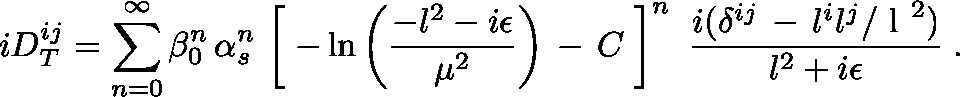
i D _ { T } ^ { i j } = \sum _ { n = 0 } ^ { \infty } \beta _ { 0 } ^ { n } \, \alpha _ { s } ^ { n } \, \left[ \; - \ln \left( { \frac { - l ^ { 2 } - i \epsilon } { \mu ^ { 2 } } } \right) \, - \, C \; \right] ^ { n } \, \, { \frac { i ( \delta ^ { i j } \, - \, l ^ { i } l ^ { j } / \mathrm { \boldmath ~ l ~ } ^ { 2 } ) } { l ^ { 2 } + i \epsilon } } \; .